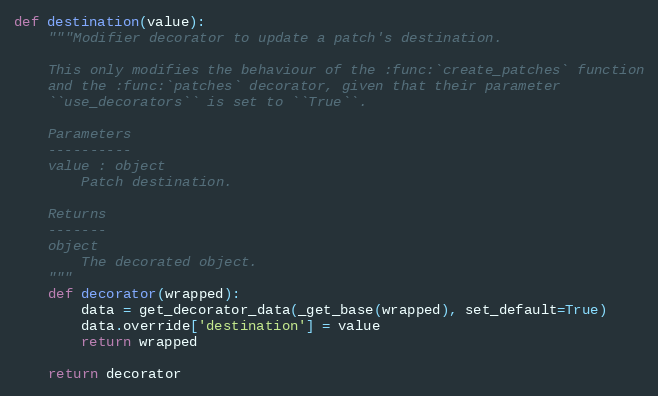
Language: Python
def destination(value):
    """Modifier decorator to update a patch's destination.

    This only modifies the behaviour of the :func:`create_patches` function
    and the :func:`patches` decorator, given that their parameter
    ``use_decorators`` is set to ``True``.

    Parameters
    ----------
    value : object
        Patch destination.

    Returns
    -------
    object
        The decorated object.
    """
    def decorator(wrapped):
        data = get_decorator_data(_get_base(wrapped), set_default=True)
        data.override['destination'] = value
        return wrapped

    return decorator